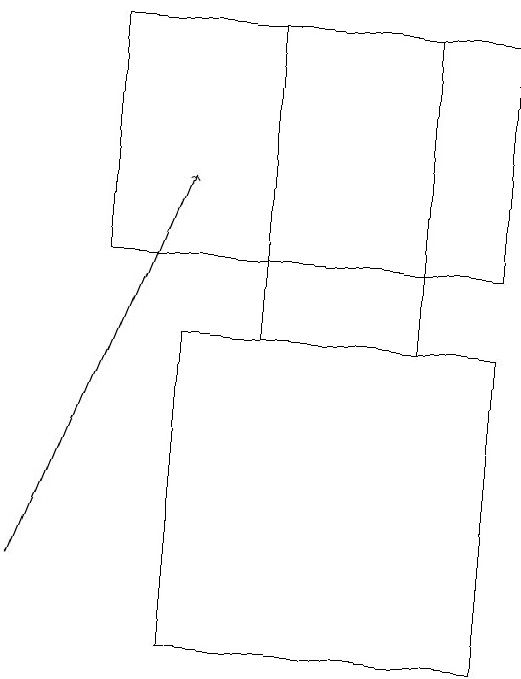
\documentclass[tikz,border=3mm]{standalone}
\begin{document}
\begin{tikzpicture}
\draw (7,14) rectangle (5,18);
\draw (3,15) rectangle (8,18);
\draw (4,10) rectangle (8,14);
\draw[->] (2,11) -- (4,16);
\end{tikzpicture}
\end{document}